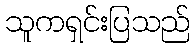
သူကရှင်းပြသည်